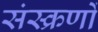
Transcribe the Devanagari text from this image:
संस्क्रणों